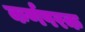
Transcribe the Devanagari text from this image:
कर्णपरक